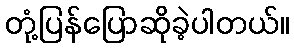
တုံ့ပြန်ပြောဆိုခဲ့ပါတယ်။